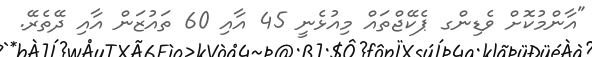
"އާންމުކޮށް ވެޑިންގ ޕެކޭޖްތައް މިއުޅެނީ 45 އާއި 60 ތައުޒަން އާއި ދޭތެރޭ.